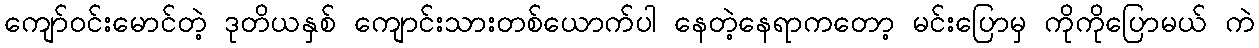
ကျော်ဝင်းမောင်တဲ့ ဒုတိယနှစ် ကျောင်းသားတစ်ယောက်ပါ နေတဲ့နေရာကတော့ မင်းပြောမှ ကိုကိုပြောမယ် ကဲ